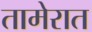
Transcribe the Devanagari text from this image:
तामेरात